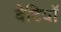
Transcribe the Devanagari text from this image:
बेटियाॅ